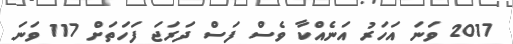
2017 ވަނަ އަހަރު އަނެއްކާ ވެސް ފަސް ދަރަޖަ ފަހަތަށް 117 ވަނަ